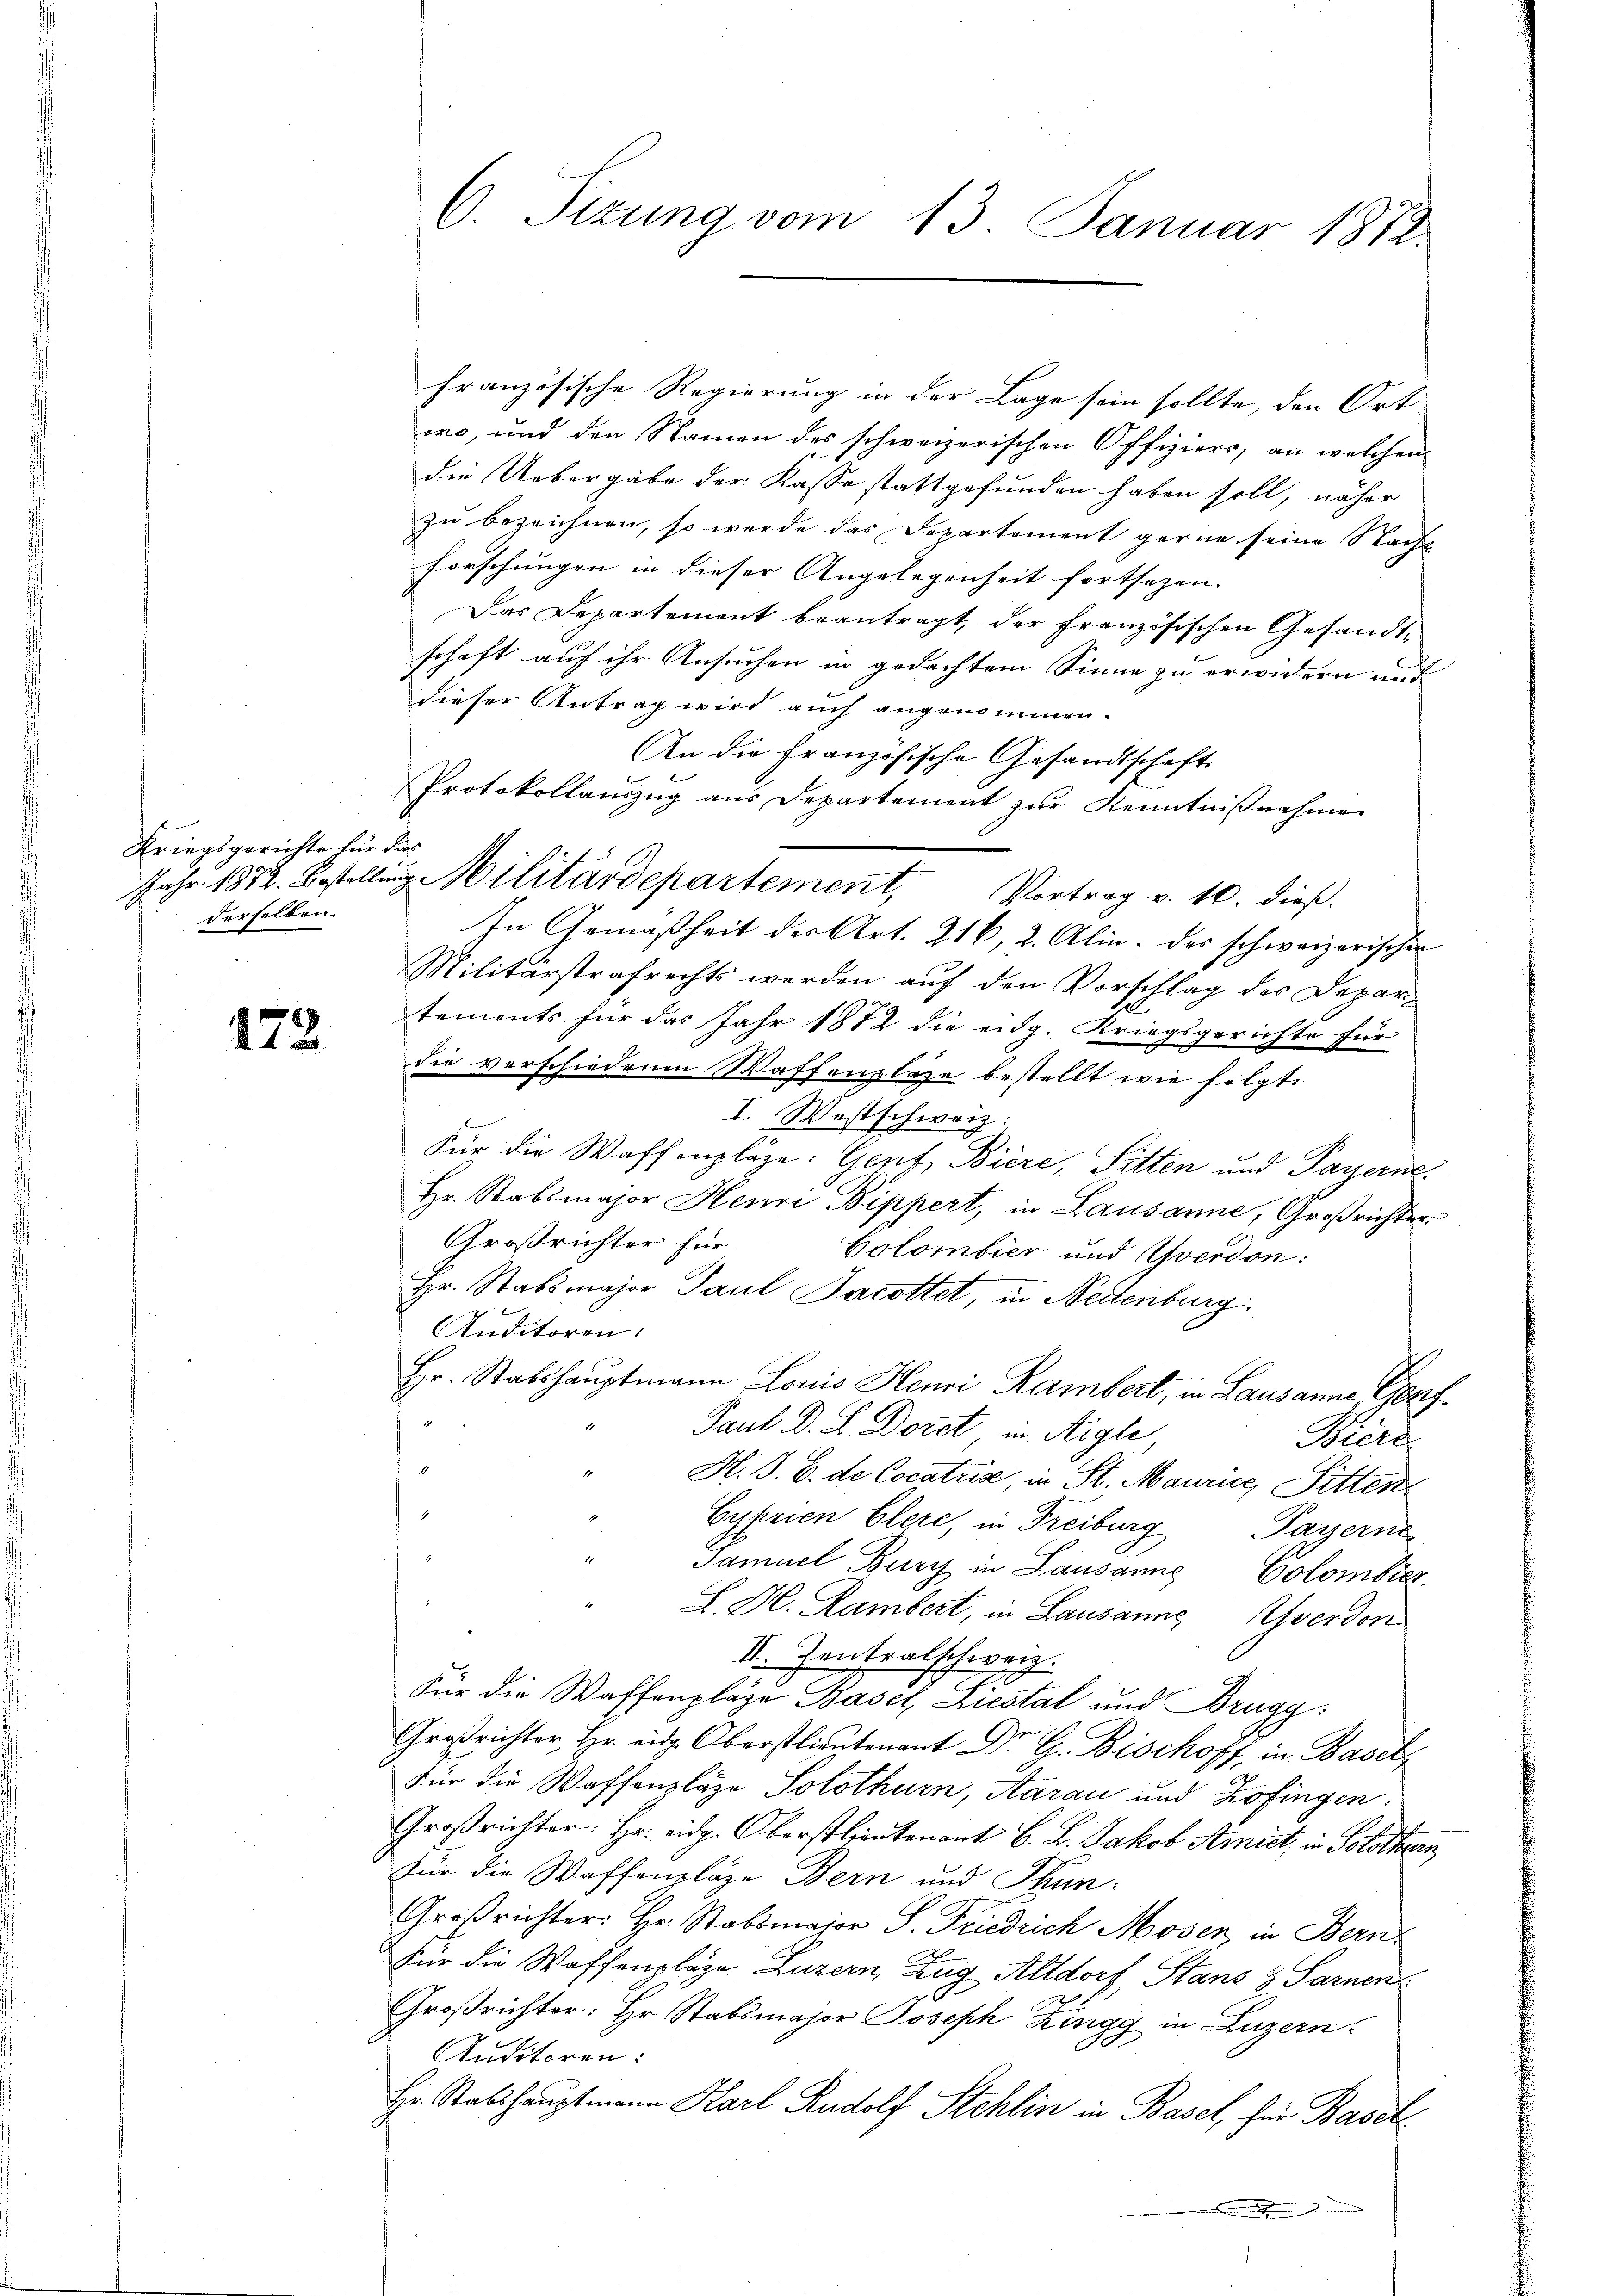
Kriegsgerichte für das
derselben.

122.

französische Regierung in der Lage sein sollte, den Ort
wo, und den Namen des schweizerischen Offiziers, an welchen
die Uebergabe der Kasse stattgefunden haben soll, näher
zu bezeichnen, so werde das Departement gerne seine Nacht
Forschungen in dieser Angelegenheit fortsezen. |
Das Departement beantragt, der französischen Gesandtschaft auf ihr Ansuchen in gedachtem Sinne zu erwidern und
dieser Antrag wird auch angenommen.
An die Französische Gesandtschaft
Protokollauszug aus Departement zŭr Kenntniβnahme
Jahr 1872. Bestellung Militärdepartement, Vortrag v. 10. dieß.
In Gemäßheit der Art. 216, 2. Alin. des schweizerischen
Militärstrafrechts werden auf den Vorschlag des Departements für das Jahr 1872 die eidg. Krieg
isgerichte für
die verschiedenen Waffenslage bestellt wie folgt:
I. Westschweiz.
Für die Waffenpläze: Genf, Biere, Sitten und Payerne.
Hr. Stabsmajor Henri Bippert, in Lausanne, Großrichter
Großrichter für
Colombier und Yverdon:
Hr. Stabsmajor Paul Jacottet, in Neuenburg.
Anditoren:
Hr. Stabshauptmann Louis Henri Rambert, in Lausanne Genf
Paul Dr. L. Dorot in Aigle,
Biere
H. S. B. de Cocatria, in St. Maurice, Sitten
Cyprien Clere, in Freiburg Payerne
Jamuel Burg in Lausanne Colombier
L. H. Rambert, in Lausanne verdon
II. Zentralschweiz.
Für die Waffenpläge Basel, Liestal und Brugg:
Großrichter Hr. eidg. Oberstlieutenant Dr. G. Bischoff, in Basel,
Für die Waffenlage Solothurn, Aarau und Zofingen:
Großrichter: Hr. eidg. Oberstlieutenant B. L. Jakob Amist, in Solothurn,
Für die Waffenpläge Bern und Thun¬
Großrichter: Hr. Stabsmajor S. Friedrich Moser, in Bern
Für die Waffenplaze Luzern, Zug Altdorf, Stans y Sarnen
Großrichter: Hr. Stabsmajor Joseph Zingg in Luzern.
Auditoren:
Hr. Stabshauptmann Karl Rudolf Stehlin in Basel, für Basel
e

C. Sizung vom 13. Januar 1812.